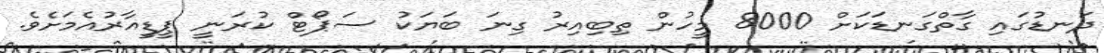
ދަނޑުގައި ގާތްގަނޑަކަށް 8000 މީހުން ތިބިއިރު ގިނަ ބަޔަކު ސަޕޯޓް ކުރަނީ ޕީޑީއާރުއެމަށެވެ.